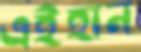
এইহান